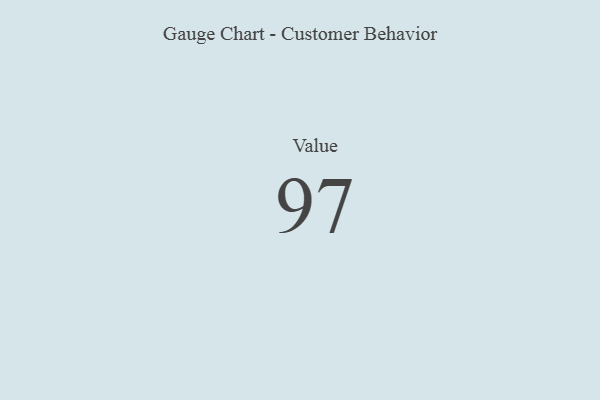
{"axis": {"x": "Metric", "y": "Value"}, "legend": [""], "data": [{"x": "Value", "y": 97, "type": ""}]}